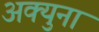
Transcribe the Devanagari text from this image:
अक्युना